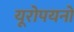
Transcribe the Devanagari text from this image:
यूरोपयनों